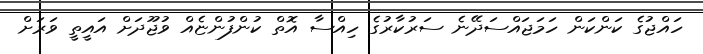
ހައްޖުގެ ކަންކަން ހަމަޖައްސަދޭނެ ސަރުކާރުގެ ހިއްސާ އޮތް ކުންފުންޏެއް ވުޖޫދަށް އައީތީ ވަރަށް